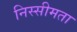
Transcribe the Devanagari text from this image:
निस्सीमता